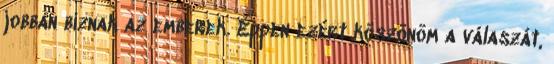
jobban bíznak az emberek. Éppen ezért köszönöm a válaszát,